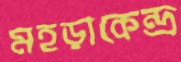
মহড়াকেন্দ্র